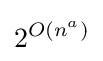
2^{O(n^{a})}